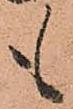
も